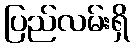
ပြည်လမ်းရှိ